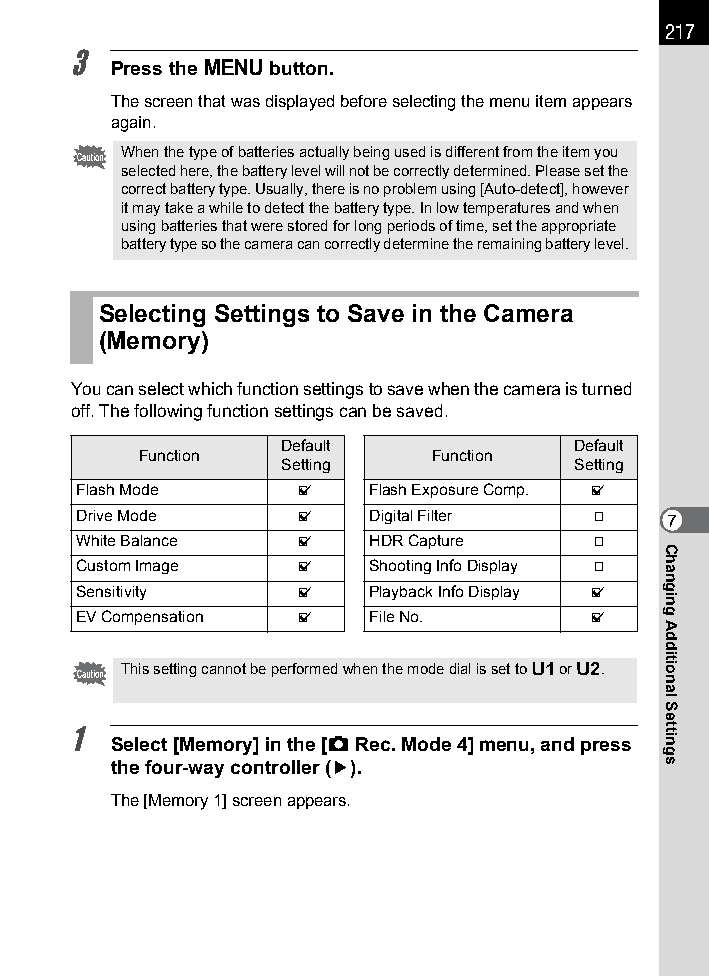
217
 3
 Press the 3 button.
 The screen that was displayed before selecting the menu item appears
 again.
 When the type of batteries actually being used is different from the item you
 selected here, the battery level will not be correctly determined. Please set the
 correct battery type. Usually, there is no problem using [Auto-detect], however
 it may take a while to detect the battery type. In low temperatures and when
 using batteries that were stored for long periods of time, set the appropriate
 battery type so the camera can correctly determine the remaining battery level.
 Selecting Settings to Save in the Camera
 (Memory)
 You can select which function settings to save when the camera is turned
 off. The following function settings can be saved.
 Default             Default
 Function           Function
 Setting             Setting
 Flash Mode    O    Flash Exposure Comp. O
 Drive Mode    O    Digital Filter P    7
 White Balance O    HDR Capture    P
 Custom Image  O    Shooting Info Display P
 Sensitivity   O    Playback Info Display O
 EV Compensation O  File No.       O
 This setting cannot be performed when the mode dial is set to B or C.
 1
 Select [Memory] in the [A Rec. Mode 4] menu, and press
 the four-way controller (5).
 The [Memory 1] screen appears.
 Changing
 Additional
 Settings